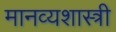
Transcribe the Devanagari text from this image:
मानव्यशास्त्री